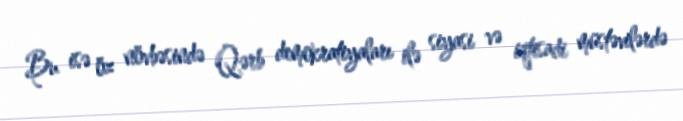
Bu isə öz növbəsində Qərb demokratiyaları ilə siyasi və iqtisadi müstəvilərdə